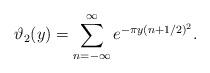
LaTeX: \begin{align*}\vartheta_2(y)=\sum_{n=-\infty}^{\infty}e^{-\pi y(n+1/2)^2}.\end{align*}